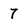
Character: 7